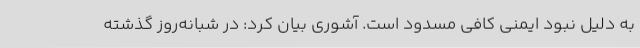
به دلیل نبود ایمنی کافی مسدود است. آشوری بیان کرد: در شبانه‌روز گذشته